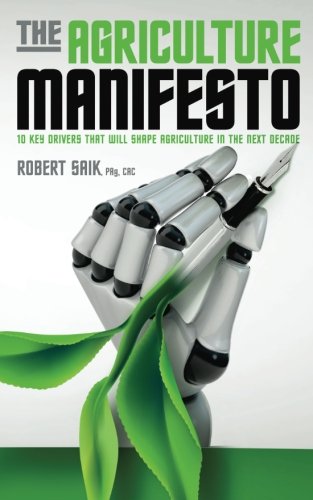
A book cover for The Agriculture Manifesto: Ten Key Drivers that Will Shape Agriculture in the Next Decade; Robert Saik; Science & Math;